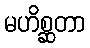
မဟိစ္ဆတာ